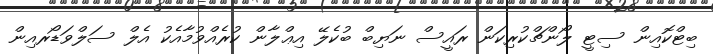
ބިޓްކޮއިން ސިޓީ ލޯންޗްކުރިކަން ރައީސް ނަޔިބް ބުކެލޭ އިޢްލާން ކުރެއްވުމާއެކު އެލް ސަލްވަޑޯރއިން